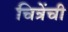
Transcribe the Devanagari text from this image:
चित्रेंची